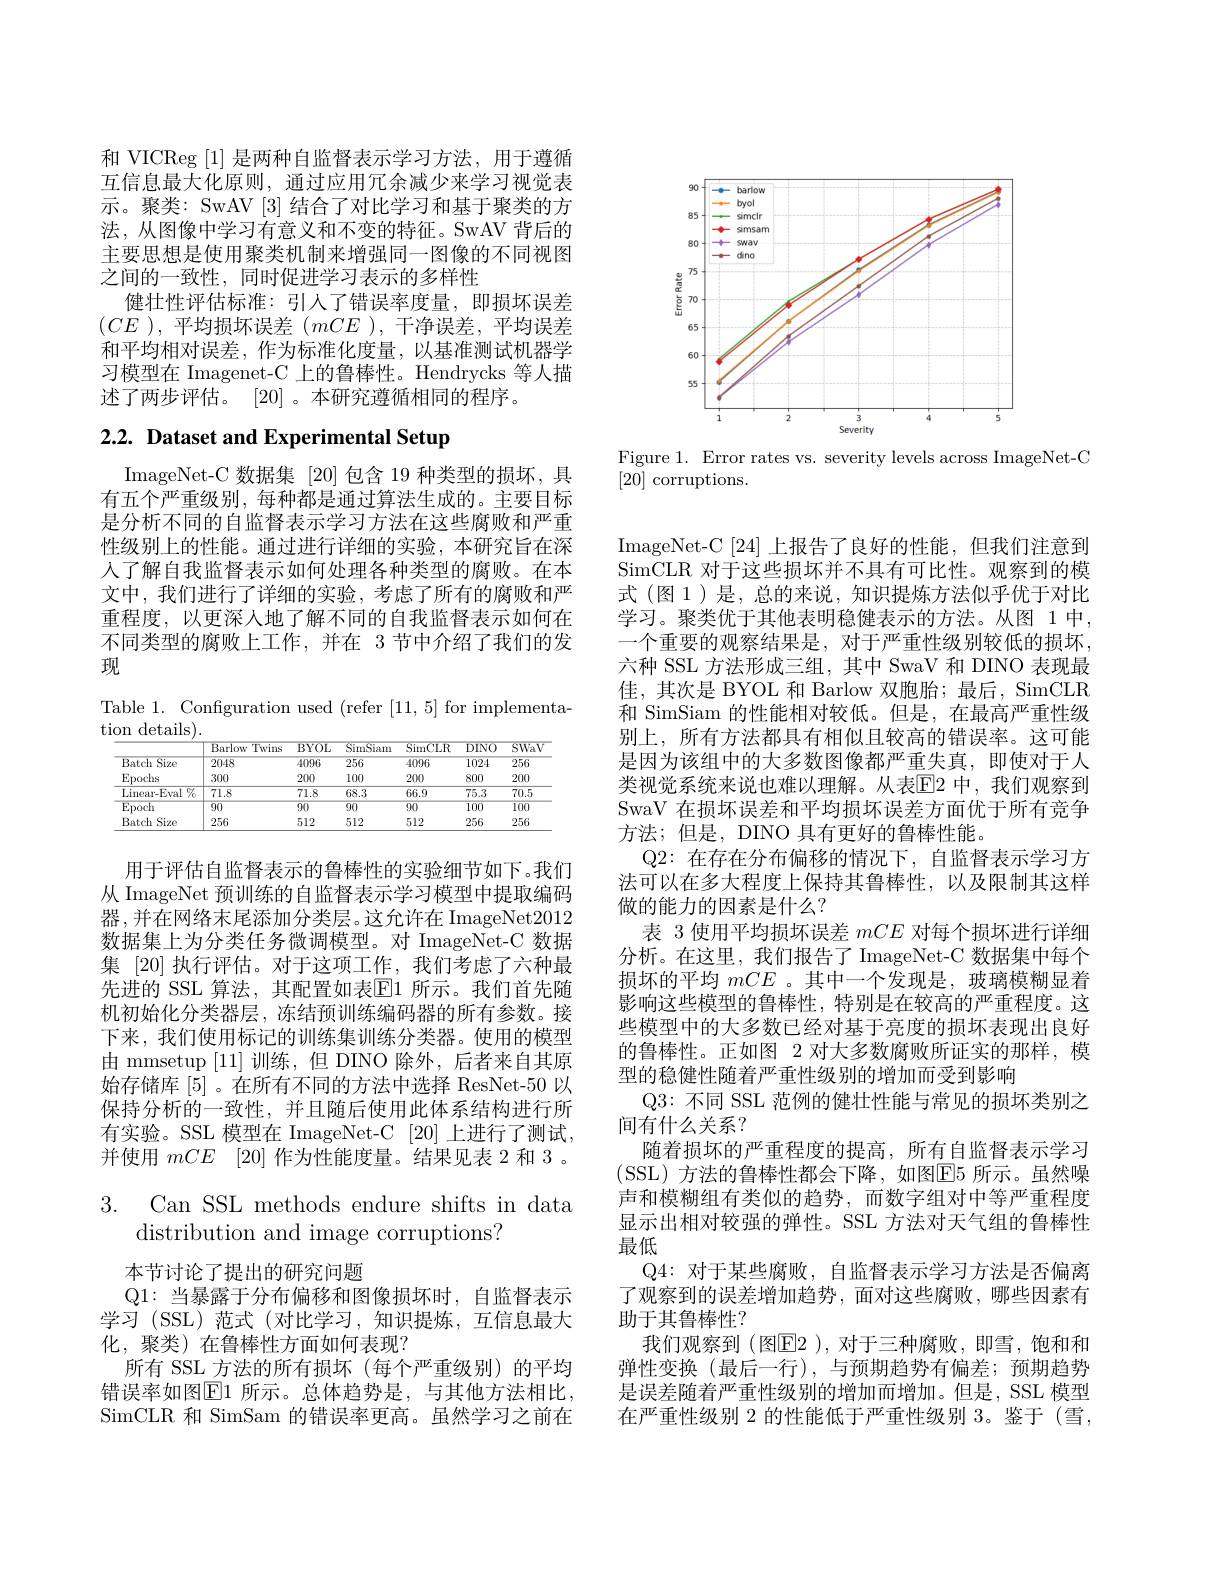
和 VICReg [1]是两种自监督表示学习方法，用于遵循互信息最大化原则，通过应用冗余减少来学习视觉表示。聚类：SwAV [3] 结合了对比学习和基于聚类的方法，从图像中学习有意义和不变的特征。SwAV 背后的主要思想是使用聚类机制来增强同一图像的不同视图之间的一致性，同时促进学习表示的多样性
健壮性评估标准：引人了错误率度量，即损坏误差$(CE$ ),平均损坏误差$(mCE$ ),干净误差，平均误差和平均相对误差，作为标准化度量，以基准测试机器学习模型在 Imagenet-C 上的鲁棒性。Hendrycks 等人描述了两步评估。[20]。本研究遵循相同的程序。

# 2.2. Dataset and Experimental Setup

ImageNet- C 数 据 集 [ 20] 包含 19 种类型的损坏，具有五个严重级别，每种都是通过算法生成的。主要目标是分析不同的自监督表示学习方法在这些腐败和严重性级别上的性能。通过进行详细的实验，本研究旨在深入了解自我监督表示如何处理各种类型的腐败。在本文中，我们进行了详细的实验，考虑了所有的腐败和严重程度，以更深人地了解不同的自我监督表示如何在不同类型的腐败上工作，并在 3 节中介绍了我们的发现

Table 1. Configuration used (refer [11,5] for implementa-
tion details)

<table>
	<tbody>
		<tr>
			<th> </th>
			<th>Barlow Twins</th>
			<th>BYOL</th>
			<th>SimSiam</th>
			<th>SimCLR</th>
			<th>DINO</th>
			<th>SWaV</th>
		</tr>
		<tr>
			<td>Batch Size</td>
			<td>2048</td>
			<td>4096</td>
			<td>256</td>
			<td>4096</td>
			<td>$\overline{1024}$</td>
			<td>256</td>
		</tr>
		<tr>
			<td>Epochs</td>
			<td>300</td>
			<td>200</td>
			<td>100</td>
			<td>200</td>
			<td>800</td>
			<td>200</td>
		</tr>
		<tr>
			<td>Linear-Eval $\%$</td>
			<td>71.8</td>
			<td>71.8</td>
			<td>68.3</td>
			<td>66.9</td>
			<td>75.3</td>
			<td>$\overline{70.5}$</td>
		</tr>
		<tr>
			<td>$\operatorname{Epoch}$</td>
			<td>$\overline{90}$</td>
			<td>$\overline{90}$</td>
			<td>$\overline{90}$</td>
			<td>$\overline{90}$</td>
			<td>$\overline{100}$</td>
			<td>$\overline{100}$</td>
		</tr>
		<tr>
			<td>Batch Size 1</td>
			<td>256</td>
			<td>512</td>
			<td>512</td>
			<td>512</td>
			<td>256</td>
			<td>256</td>
		</tr>
	</tbody>
</table>

用于评估自监督表示的鲁棒性的实验细节如下。我们从 ImageNet 预训练的自监督表示学习模型中提取编码器 ,并在网络末尾添加分类层。这允许在 ImageNet2012数据集上为分类任务微调模型。对 ImageNet-C 数据集 [20] 执行评估。对于这项工作，我们考虑了六种最先进的 SSL 算法，其配置如表$\boxed{\mathrm{F}}1$ 所示。我们首先随机初始化分类器层，冻结预训练编码器的所有参数。接下来，我们使用标记的训练集训练分类器。使用的模型由 mmsetup [11]训练，但 DINO 除外，后者来自其原始存储库[5] 。在所有不同的方法中选择 ResNet-50 以保持分析的一致性，并且随后使用此体系结构进行所有实验。SSL 模型在 ImageNet-C [20] 上进行了测试， 并使用mCE [20]作为性能度量。结果见表 2 和 3 。

## 3. Can SSL methods endure shifts in data distribution and image corruptions?

本节讨论了提出的研究问题
Q1: 当暴露于分布偏移和图像损坏时，自监督表示学习 (SSL)范式 (对比学习，知识提炼，互信息最大化，聚类) 在鲁棒性方面如何表现？
所有 SSL 方法的所有损坏(每个严重级别)的平均错误率如图$\boxed{\mathrm{E}}1$ 所示。总体趋势是，与其他方法相比， SimCLR 和 SimSam 的错误率更高。虽然学习之前在

<FigureHere>

Figure 1. Error rates vs. severity levels across ImageNet-C
[20] corruptions.

ImageNet-C [24]上报告了良好的性能，但我们注意到SimCLR 对于这些损坏并不具有可比性。观察到的模式(图1)是，总的来说，知识提炼方法似乎优于对比学习。聚类优于其他表明稳健表示的方法。从图 1中， 一个重要的观察结果是，对于严重性级别较低的损坏， 六种 SSL 方法形成三组，其中 SwaV 和 DINO 表现最佳，其次是 BYOL 和 Barlow 双胞胎；最后，SimCLR 和 SimSiam 的性能相对较低。但是，在最高严重性级别上，所有方法都具有相似且较高的错误率。这可能是因为该组中的大多数图像都严重失真，即使对于人类视觉系统来说也难以理解。从表$\overline{\mathrm{E}}$2 中，我们观察到SwaV 在损坏误差和平均损坏误差方面优于所有竞争方法；但是，DINO 具有更好的鲁棒性能。
Q2: 在存在分布偏移的情况下，自监督表示学习方法可以在多大程度上保持其鲁棒性，以及限制其这样做的能力的因素是什么？
表 3 使用平均损坏误差mCE对每个损坏进行详细分析。在这里，我们报告了 ImageNet-C 数据集中每个损坏的平均mCE 。其中一个发现是，玻璃模糊显着影响这些模型的鲁棒性，特别是在较高的严重程度。这些模型中的大多数已经对基于亮度的损坏表现出良好的鲁棒性。正如图 2 对大多数腐败所证实的那样，模型的稳健性随着严重性级别的增加而受到影响
Q3: 不同 SSL 范例的健壮性能与常见的损坏类别之
间有什么关系？
随着损坏的严重程度的提高，所有自监督表示学习(SSL)方法的鲁棒性都会下降，如图$\overline{\mathrm{E}}5$ 所示。虽然噪声和模糊组有类似的趋势，而数字组对中等严重程度显示出相对较强的弹性。SSL 方法对天气组的鲁棒性最低
Q4: 对于某些腐败，自监督表示学习方法是否偏离了观察到的误差增加趋势，面对这些腐败，哪些因素有助于其鲁棒性？
我们观察到(图$\mathbb{E}$2),对于三种腐败，即雪，饱和和弹性变换(最后一行),与预期趋势有偏差；预期趋势是误差随着严重性级别的增加而增加。但是，SSL 模型在严重性级别 2 的性能低于严重性级别 3。鉴于(雪，